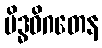
မိဒ္ဓဝိဂတေန